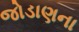
જોડાણના